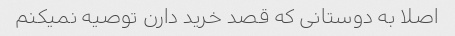
اصلا به دوستانی که قصد خرید دارن توصیه نمیکنم